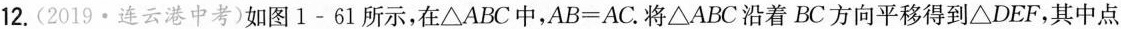
12.(2019·连云港中考)如图1-61所示，在\triangle ABC中，$$AB=AC$$。将\triangle ABC沿着BC方向平移得到\triangle DEF，其中点